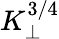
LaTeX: K_{\perp}^{3/4}